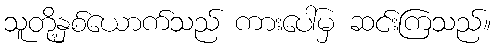
သူတို့နှစ်ယောက်သည် ကားပေါ်မှ ဆင်းကြသည်။